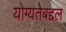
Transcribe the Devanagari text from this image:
योग्यतेबद्दल